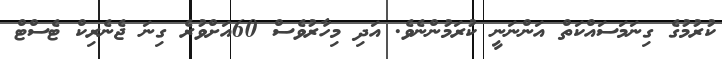
ކުރުމުގެ ގިނަމަސައްކަތް އަންނަނީ ކުރަމުންނެވެ. އަދި މިހާރުވެސް 60އަށްވުރެ ގިނަ ޖެނެރިކް ޓެސްޓް